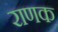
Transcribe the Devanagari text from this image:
राणक